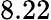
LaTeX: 8.22